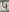
Text: 4